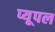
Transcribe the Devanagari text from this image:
प्यूपल